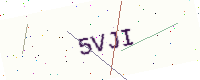
Text: 5VJI